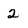
Character: 2